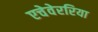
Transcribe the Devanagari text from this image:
एचेवेररिया